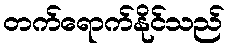
တက်ရောက်နိုင်သည်